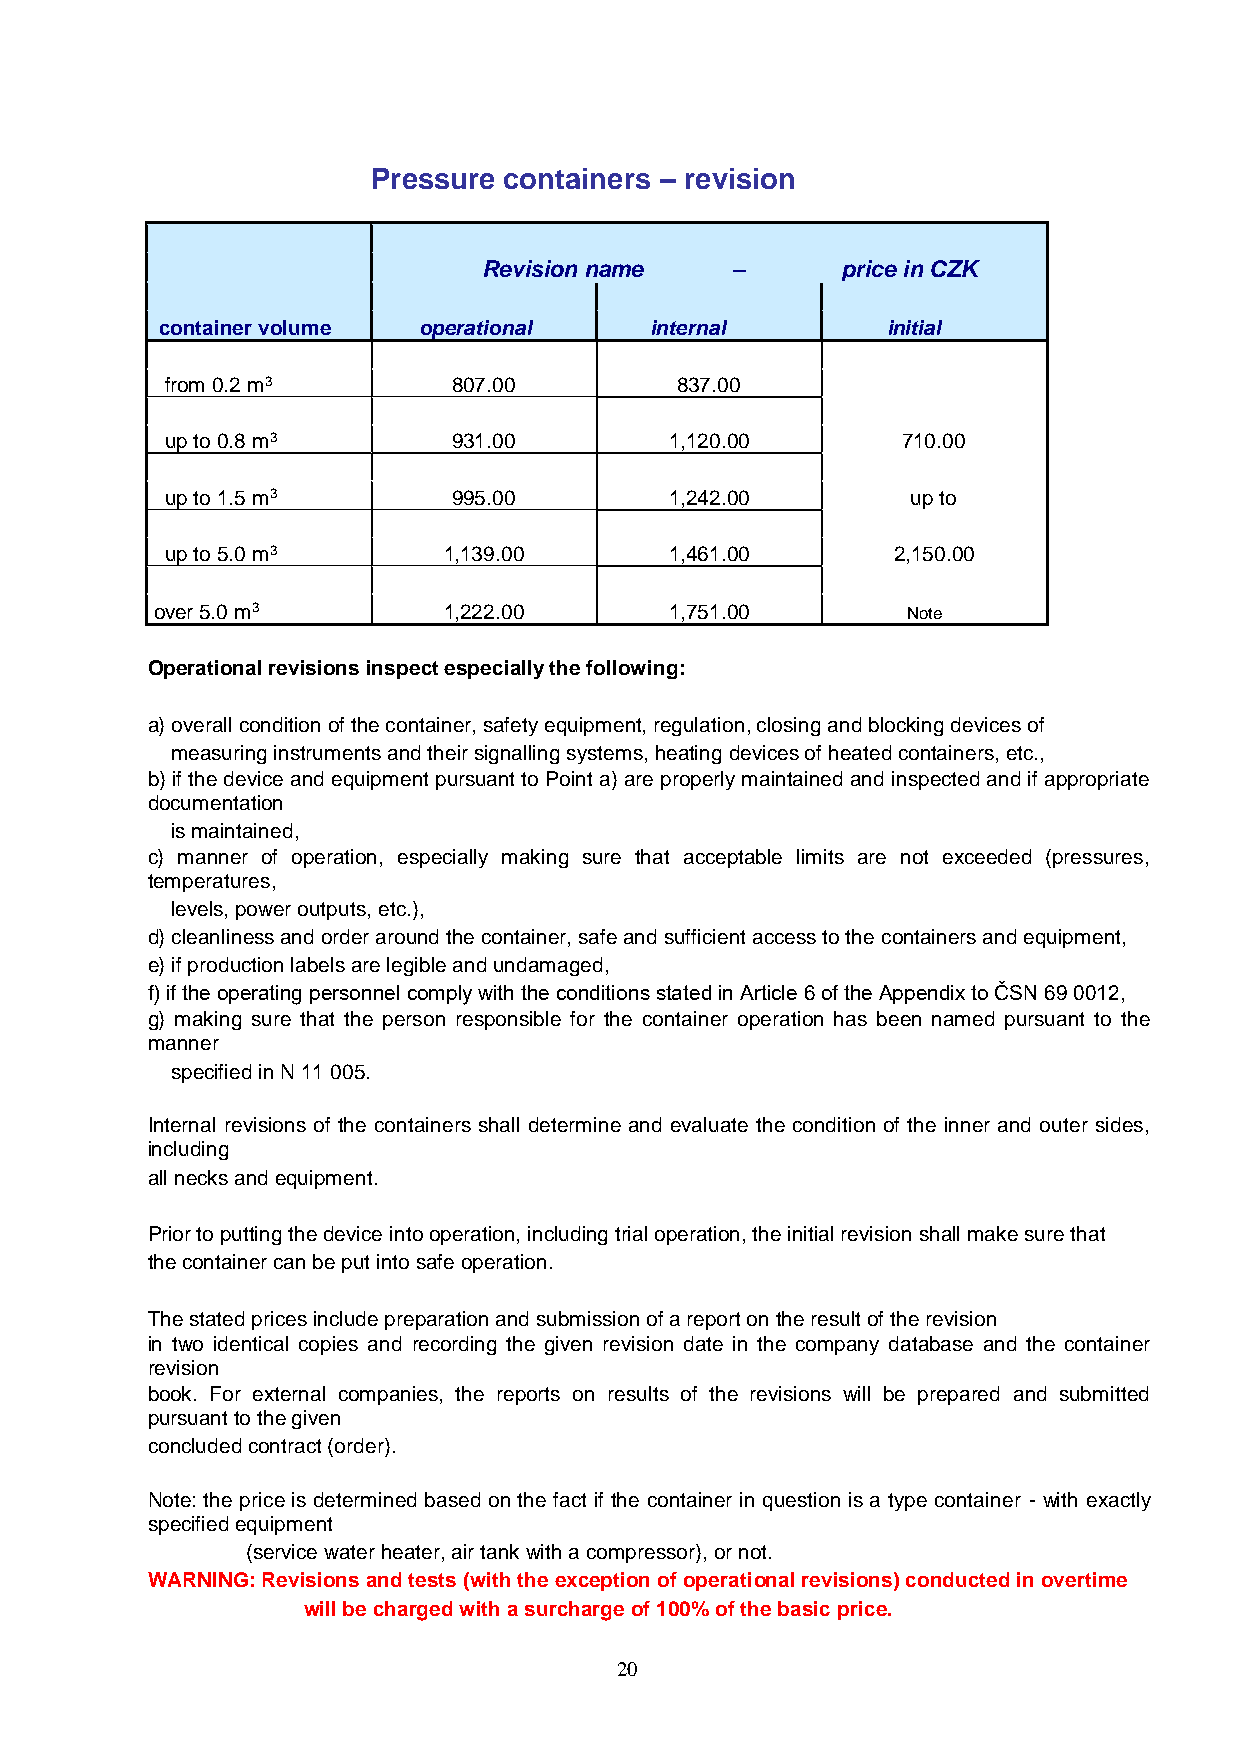
Pressure containers ‒ revision
 Revision name   ‒       price in CZK
 container volume operational    internal        initial
 from 0.2 m3        807.00         837.00
 up to 0.8 m3       931.00        1,120.00        710.00
 up to 1.5 m3       995.00        1,242.00        up to
 up to 5.0 m3      1,139.00       1,461.00       2,150.00
 over 5.0 m3        1,222.00       1,751.00        Note
 Operational revisions inspect especially the following:
 a) overall condition of the container, safety equipment, regulation, closing and blocking devices of
 measuring instruments and their signalling systems, heating devices of heated containers, etc.,
 b) if the device and equipment pursuant to Point a) are properly maintained and inspected and if appropriate
 documentation
 is maintained,
 c) manner of operation, especially making sure that acceptable limits are not exceeded (pressures,
 temperatures,
 levels, power outputs, etc.),
 d) cleanliness and order around the container, safe and sufficient access to the containers and equipment,
 e) if production labels are legible and undamaged,
 f) if the operating personnel comply with the conditions stated in Article 6 of the Appendix to ČSN 69 0012,
 g) making sure that the person responsible for the container operation has been named pursuant to the
 manner
 specified in N 11 005.
 Internal revisions of the containers shall determine and evaluate the condition of the inner and outer sides,
 including
 all necks and equipment.
 Prior to putting the device into operation, including trial operation, the initial revision shall make sure that
 the container can be put into safe operation.
 The stated prices include preparation and submission of a report on the result of the revision
 in two identical copies and recording the given revision date in the company database and the container
 revision
 book. For external companies, the reports on results of the revisions will be prepared and submitted
 pursuant to the given
 concluded contract (order).
 Note: the price is determined based on the fact if the container in question is a type container - with exactly
 specified equipment
 (service water heater, air tank with a compressor), or not.
 WARNING: Revisions and tests (with the exception of operational revisions) conducted in overtime
 will be charged with a surcharge of 100% of the basic price.
 20